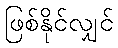
ဖြစ်နိုင်လျှင်